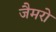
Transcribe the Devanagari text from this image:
जैमरो